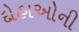
દોહાઓની